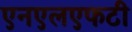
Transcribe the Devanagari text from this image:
एनएलएफटी